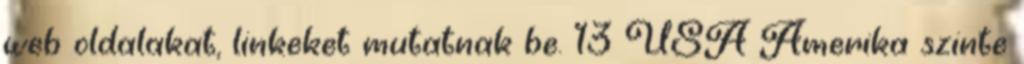
web oldalakat, linkeket mutatnak be. 13 USA Amerika szinte